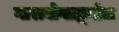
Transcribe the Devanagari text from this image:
गाराबोगाझ्गोल